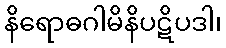
နိရောဓဂါမိနိပဋိပဒါ၊